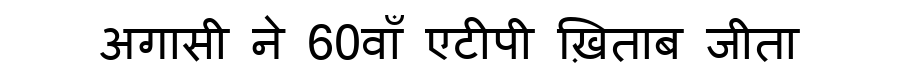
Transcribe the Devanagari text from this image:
अगासी ने 60वाँ एटीपी ख़िताब जीता